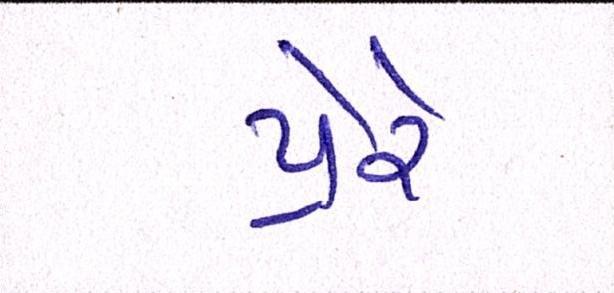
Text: પ્રેરે